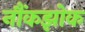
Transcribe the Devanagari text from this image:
नौंकझोक